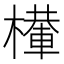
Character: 檋